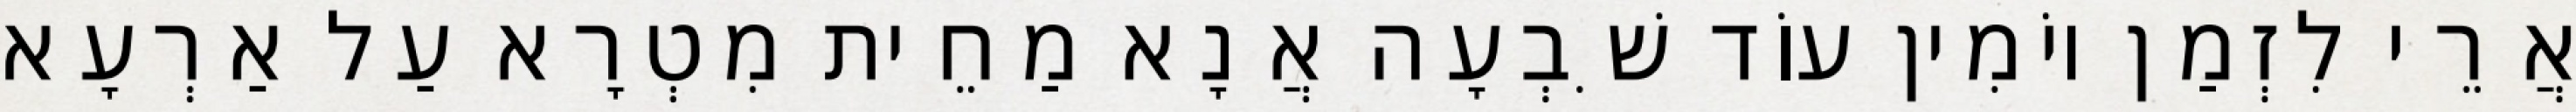
אֲרֵי לִזְמַן יוֹמִין עוֹד שִׁבְעָה אֲנָא מַחֵית מִטְרָא עַל אַרְעָא